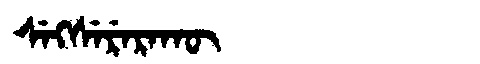
Manchu: ᠰᡝᡴᠰᡝᡵᡝᡵᠠᡴᡡ
Romanization: SEKSERERAKŪ